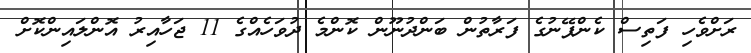
ރަށްވެހި ފަތިސް ކެންޕޭނުގެ ފަރާތުން ބަންދުނޫން ކޮންމެ ދުވަހެއްގެ 11 ޖަހާއިރު އޮންލައިންކޮށް